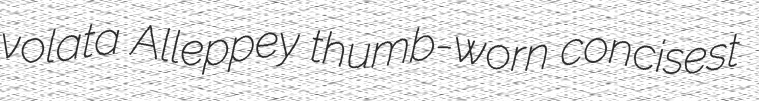
volata Alleppey thumb-worn concisest